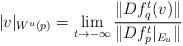
LaTeX: \begin{align*}|v|_{W^u(p)}=\lim_{t\to -\infty} \frac{\|Df_q^t(v)\|}{\|Df_p^t|_{E_u}\|}\end{align*}